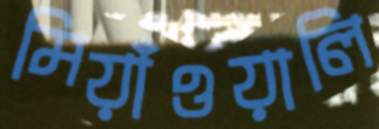
মিয়াঁওয়ালি